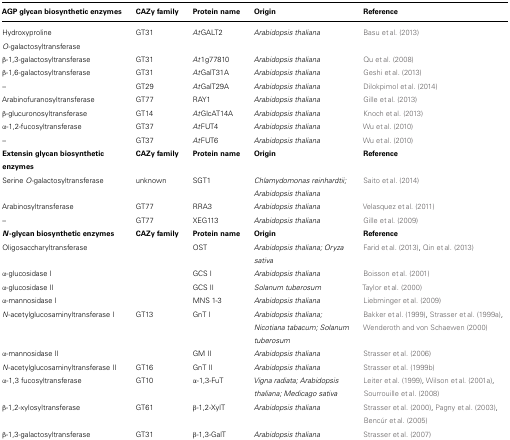
<table><thead><tr><td><b>AGP glycan biosynthetic enzymes</b></td><td><b>CAZy family</b></td><td><b>Protein name</b></td><td><b>Origin</b></td><td><b>Reference</b></td></tr></thead><tbody><tr><td>Hydroxyproline <i>O</i>-galactosyltransferase</td><td>GT31</td><td><i>At</i>GALT2</td><td><i>Arabidopsis thaliana</i></td><td>Basu et al. (2013)</td></tr><tr><td>β-1,3-galactosyltransferase</td><td>GT31</td><td><i>At</i>1g77810</td><td><i>Arabidopsis thaliana</i></td><td>Qu et al. (2008)</td></tr><tr><td>β-1,6-galactosyltransferase</td><td>GT31</td><td><i>At</i>GalT31A</td><td><i>Arabidopsis thaliana</i></td><td>Geshi et al. (2013)</td></tr><tr><td>–</td><td>GT29</td><td><i>At</i>GalT29A</td><td><i>Arabidopsis thaliana</i></td><td>Dilokpimol et al. (2014)</td></tr><tr><td>Arabinofuranosyltransferase</td><td>GT77</td><td>RAY1</td><td><i>Arabidopsis thaliana</i></td><td>Gille et al. (2013)</td></tr><tr><td>β-glucuronosyltransferase</td><td>GT14</td><td><i>At</i>GlcAT14A</td><td><i>Arabidopsis thaliana</i></td><td>Knoch et al. (2013)</td></tr><tr><td>α-1,2-fucosyltransferase</td><td>GT37</td><td><i>At</i>FUT4</td><td><i>Arabidopsis thaliana</i></td><td>Wu et al. (2010)</td></tr><tr><td>–</td><td>GT37</td><td><i>At</i>FUT6</td><td><i>Arabidopsis thaliana</i></td><td>Wu et al. (2010)</td></tr><tr><td><b>Extensin glycan biosynthetic enzymes</b></td><td><b>CAZy family</b></td><td><b>Protein name</b></td><td><b>Origin</b></td><td><b>Reference</b></td></tr><tr><td>Serine <i>O</i>-galactosyltransferase</td><td>unknown</td><td>SGT1</td><td><i>Chlamydomonas reinhardtii; Arabidopsis thaliana</i></td><td>Saito et al. (2014)</td></tr><tr><td>Arabinosyltransferase</td><td>GT77</td><td>RRA3</td><td><i>Arabidopsis thaliana</i></td><td>Velasquez et al. (2011)</td></tr><tr><td>–</td><td>GT77</td><td>XEG113</td><td><i>Arabidopsis thaliana</i></td><td>Gille et al. (2009)</td></tr><tr><td><b><i>N</i>-glycan biosynthetic enzymes</b></td><td><b>CAZy family</b></td><td><b>Protein name</b></td><td><b>Origin</b></td><td><b>Reference</b></td></tr><tr><td>Oligosaccharyltransferase</td><td></td><td>OST</td><td><i>Arabidopsis thaliana; Oryza sativa</i></td><td>Farid et al. (2013), Qin et al. (2013)</td></tr><tr><td>α-glucosidase I</td><td></td><td>GCS I</td><td><i>Arabidopsis thaliana</i></td><td>Boisson et al. (2001)</td></tr><tr><td>α-glucosidase II</td><td></td><td>GCS II</td><td><i>Solanum tuberosum</i></td><td>Taylor et al. (2000)</td></tr><tr><td>α-mannosidase I</td><td></td><td>MNS 1-3</td><td><i>Arabidopsis thaliana</i></td><td>Liebminger et al. (2009)</td></tr><tr><td><i>N</i>-acetylglucosaminyltransferase I</td><td>GT13</td><td>GnT I</td><td><i>Arabidopsis thaliana; Nicotiana tabacum; Solanum tuberosum</i></td><td>Bakker et al. (1999), Strasser et al. (1999a), Wenderoth and von Schaewen (2000)</td></tr><tr><td>α-mannosidase II</td><td></td><td>GM II</td><td><i>Arabidopsis thaliana</i></td><td>Strasser et al. (2006)</td></tr><tr><td><i>N</i>-acetylglucosaminyltransferase II</td><td>GT16</td><td>GnT II</td><td><i>Arabidopsis thaliana</i></td><td>Strasser et al. (1999b)</td></tr><tr><td>α-1,3 fucosyltransferase</td><td>GT10</td><td>α-1,3-FuT</td><td><i>Vigna radiata; Arabidopsis thaliana; Medicago sativa</i></td><td>Leiter et al. (1999), Wilson et al. (2001a), Sourrouille et al. (2008)</td></tr><tr><td>β-1,2-xylosyltransferase</td><td>GT61</td><td>β-1,2-XylT</td><td><i>Arabidopsis thaliana</i></td><td>Strasser et al. (2000), Pagny et al. (2003), Bencúr et al. (2005)</td></tr><tr><td>β-1,3-galactosyltransferase</td><td>GT31</td><td>β-1,3-GalT</td><td><i>Arabidopsis thaliana</i></td><td>Strasser et al. (2007)</td></tr></tbody></table>